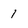
Character: 1